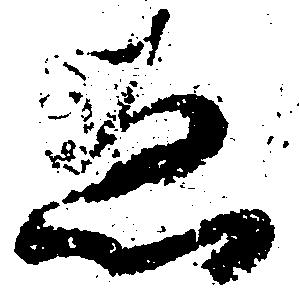
ゑ